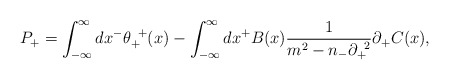
\begin{align*}P_+=\int^{\infty}_{-{\infty}}dx^- {\theta}_+^{\;\;+}(x) -\int^{\infty}_{-{\infty}}dx^+ B(x)\frac{1}{m^2-n_-{\partial}_+^{\;\;2}}{\partial}_+C(x), \end{align*}